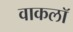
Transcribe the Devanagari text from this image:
वाकलॉ